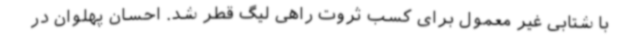
با شتابی غیر معمول برای کسب ثروت راهی لیگ قطر شد. احسان پهلوان در